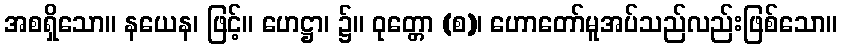
အစရှိသော။ နယေန၊ ဖြင့်။ ဟေဋ္ဌာ၊ ၌။ ဝုတ္တော (စ)၊ ဟောတော်မူအပ်သည်လည်းဖြစ်သော။